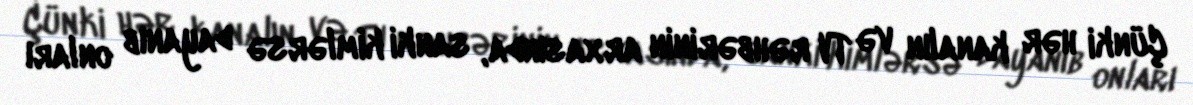
Çünki hər kanalın və TV rəhbərinin arxasında, sanki kimlərsə dayanıb onları